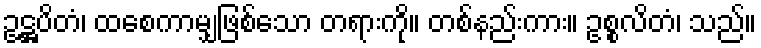
ဥဋ္ဌပိတံ၊ ထစေကာမျှဖြစ်သော တရားကို။ တစ်နည်းကား။ ဥစ္စလိတံ၊ သည်။